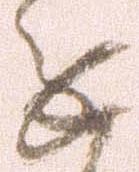
進